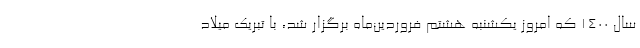
سال 1400 که امروز یکشنبه هشتم فروردین‌ماه برگزار شد، با تبریک میلاد